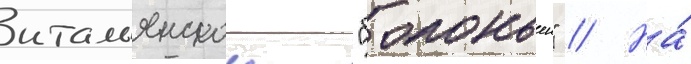
итальянскои "болоньеи" // На́